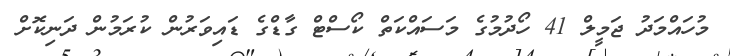
މުހައްމަދު ޖަމީލް 41 ހޯދުމުގެ މަސައްކަތް ކޯސްޓް ގާޑްގެ ޑައިވަރުން ކުރަމުން ދަނިކޮށް